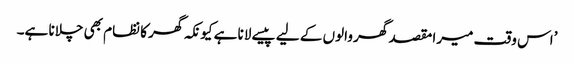
’اس وقت میرا مقصد گھر والوں کے لیے پیسے لانا ہے کیونکہ گھر کا نظام بھی چلانا ہے۔